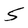
Character: 5